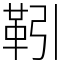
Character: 靷